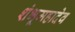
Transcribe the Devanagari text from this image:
शंभूमहादेव